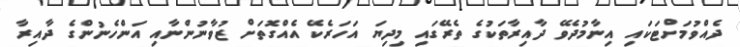
ދެއްވުމަށްޓަކައި އިނާމުދެވޭ ދާއިރާތަކުގެ ތެރޭގައި މިދިޔަ އަހަރެކޭ އެއްގޮތަށް ޒުވާނުންނާއި އަންހެނުންގެ ދާއިރާ